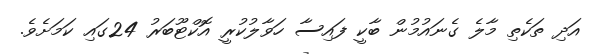
އަދި ތަކެތި މާލެ ގެނައުމުން ބާކީ ފައިސާ ހަވާލުކުރީ އޮކްޓޫބަރު 24ގައި ކަމަށެވެ.